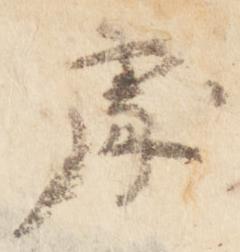
処